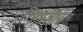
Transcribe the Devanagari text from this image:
शिवाजीपूल